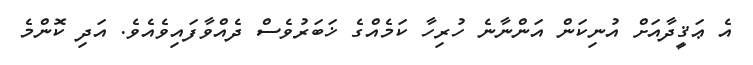
އެ ޢަޤީދާއަށް އުނިކަން އަންނާނެ ހުރިހާ ކަމެއްގެ ޚަބަރުވެސް ދެއްވާފައިވެއެވެ. އަދި ކޮންމެ